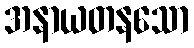
အနာယတနသော